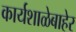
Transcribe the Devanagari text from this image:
कार्यशाळेबाहेर